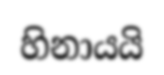
හිනායයි